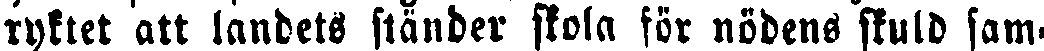
ryktet att landets ständer skola for nödens skuld sam-